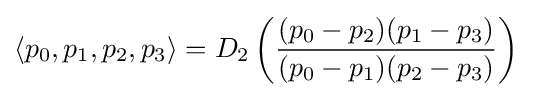
\left\langle p_{0},p_{1},p_{2},p_{3}\right\rangle =D_{2}\left({\frac {(p_{0}-p_{2})(p_{1}-p_{3})}{(p_{0}-p_{1})(p_{2}-p_{3})}}\right)\